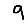
Digit: 9